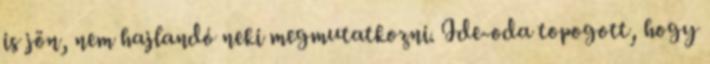
is jön, nem hajlandó neki megmutatkozni. Ide-oda topogott, hogy